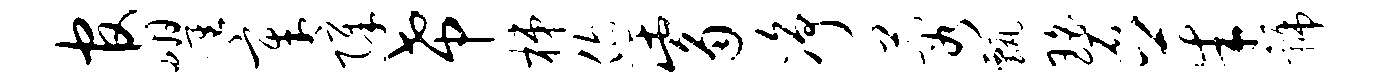
官耀章障希梯您觜净蓉甄碧茱虢